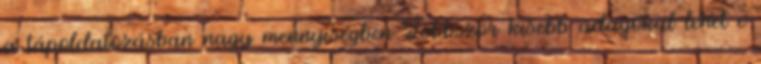
a tápoldatozásban nagy mennyiségben Többször kisebb adagokal lehet e